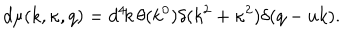
d \mu ( k , \kappa , q ) = d ^ { 4 } \! k \, \theta ( k ^ { 0 } ) \delta ( k ^ { 2 } + \kappa ^ { 2 } ) \delta ( q - u k ) .